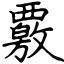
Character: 覈